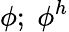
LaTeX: \phi;\; \phi^{h}